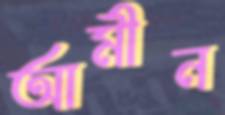
আমীন